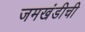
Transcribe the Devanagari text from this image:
जमखंडीची